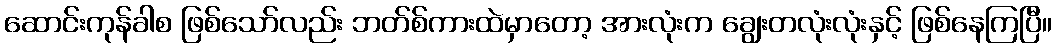
ဆောင်းကုန်ခါစ ဖြစ်သော်လည်း ဘတ်စ်ကားထဲမှာတော့ အားလုံးက ချွေးတလုံးလုံးနှင့် ဖြစ်နေကြပြီ။